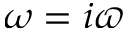
\omega = i \varpi